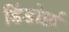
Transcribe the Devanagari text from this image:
डिंडोर्फ़